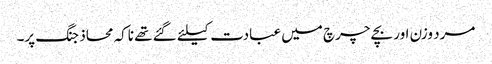
مرد وزن اور بچے چرچ میں عبادت کیلئے گئے تھے ناکہ محاذ جنگ پر۔